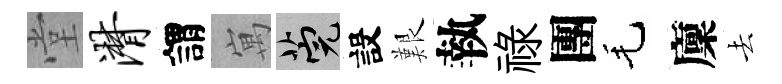
堂潸謂寓筦設艱執祿團毛廩去